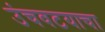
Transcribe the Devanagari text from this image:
उंचवटयाचा